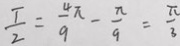
\frac { T } { 2 } = \frac { 4 \pi } { 9 } - \frac { \pi } { 9 } = \frac { \pi } { 3 }